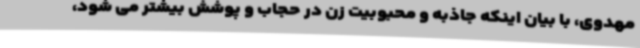
مهدوی، با بیان اینکه جاذبه و محبوبیت زن در حجاب و پوشش بیشتر می شود،